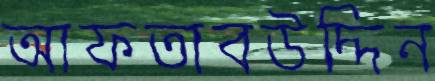
আফতাবউদ্দিন